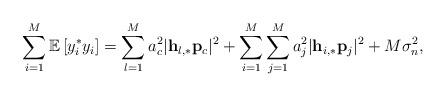
LaTeX: \begin{align*}\sum_{i=1}^{M}\mathbb{E}\left[y_i^* y_i\right]=\sum_{l=1}^M a_c^2\lvert\mathbf{h}_{l,*}\mathbf{p}_c\rvert^2+\sum_{i=1}^M\sum_{j=1}^M a_j^2\lvert\mathbf{h}_{i,*}\mathbf{p}_j\rvert^2+M\sigma_n^2,\end{align*}